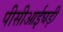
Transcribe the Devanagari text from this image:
पीसीआईघड़ी